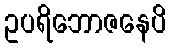
ဥပရိဘောဇနေပိ